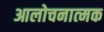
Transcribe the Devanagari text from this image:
आलोचनात्‍मक